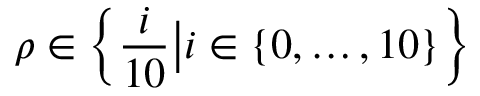
\rho \in \left\{ \frac { i } { 1 0 } \big \vert i \in \{ 0 , \dots , 1 0 \} \right\}